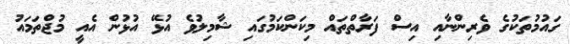
ގައުމުތަކުގެ ވެރިންނާއި އިސް ފަރާތްތައް މިކަންކަމުގައި ޝާމިލުވެ އުޅޭ އުޅުން އެއީ މުޖްތަމައު